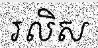
រលិស